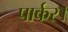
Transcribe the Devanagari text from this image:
पार्कर।